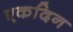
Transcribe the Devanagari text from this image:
एकदिन